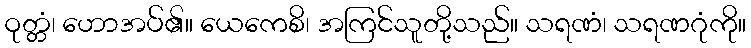
ဝုတ္တံ၊ ဟောအပ်၏။ ယေကေစိ၊ အကြင်သူတို့သည်။ သရဏံ၊ သရဏဂုံကို။